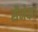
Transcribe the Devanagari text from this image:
सैनेका